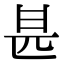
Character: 𠥄